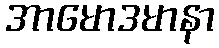
အာမောဒမာနာ